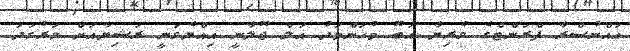
އައްނުސްރާ ފްރަންޓްގެ ވެރިޔާ އަބޫ މުހަންމަދު އަލް ޖޫލާނީ އިއްޔެވަނީ ރަޝިޔާއަށް ވަރުގަދަ